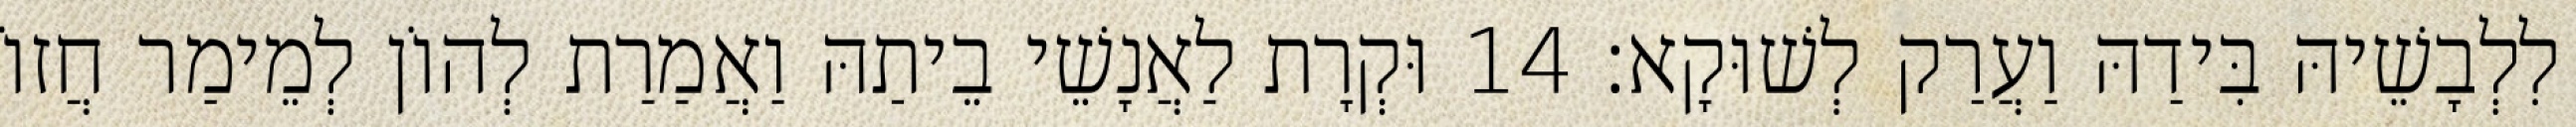
לִלְבָשֵׁיהּ בִּידַהּ וַעֲרַק לְשׁוּקָא׃ 14 וּקְרָת לַאֲנָשֵׁי בֵיתַהּ וַאֲמַרַת לְהוֹן לְמֵימַר חֲזוֹ